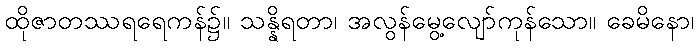
ထိုဇာတဿရရေကန်၌။ သန္နိရတာ၊ အလွန်မွေ့လျော်ကုန်သော။ ခေမိနော၊